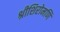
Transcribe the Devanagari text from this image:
श्रीशिरोमणि